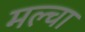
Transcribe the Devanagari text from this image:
मल्‍चा